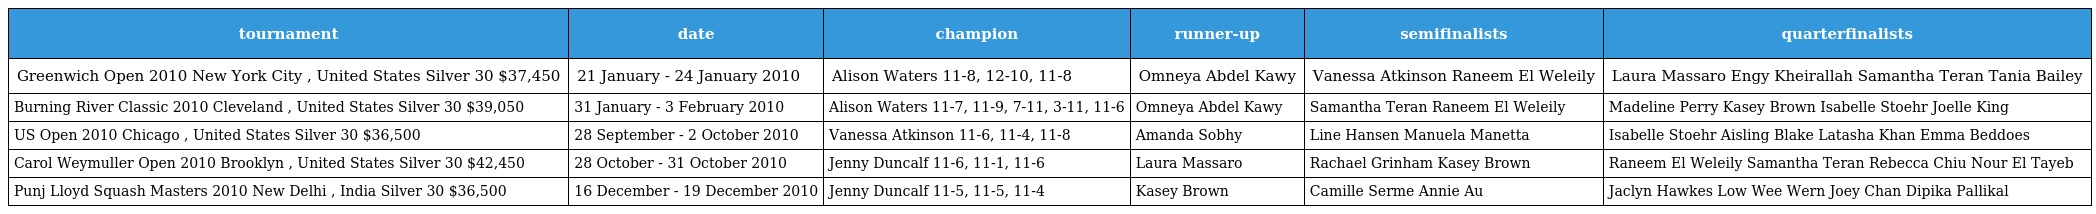
| tournament | date | champion | runner-up | semifinalists | quarterfinalists |
 | --- | --- | --- | --- | --- | --- |
 | Greenwich Open 2010 New York City , United States Silver 30 $37,450 | 21 January - 24 January 2010 | Alison Waters 11-8, 12-10, 11-8 | Omneya Abdel Kawy | Vanessa Atkinson Raneem El Weleily | Laura Massaro Engy Kheirallah Samantha Teran Tania Bailey |
 | Burning River Classic 2010 Cleveland , United States Silver 30 $39,050 | 31 January - 3 February 2010 | Alison Waters 11-7, 11-9, 7-11, 3-11, 11-6 | Omneya Abdel Kawy | Samantha Teran Raneem El Weleily | Madeline Perry Kasey Brown Isabelle Stoehr Joelle King |
 | US Open 2010 Chicago , United States Silver 30 $36,500 | 28 September - 2 October 2010 | Vanessa Atkinson 11-6, 11-4, 11-8 | Amanda Sobhy | Line Hansen Manuela Manetta | Isabelle Stoehr Aisling Blake Latasha Khan Emma Beddoes |
 | Carol Weymuller Open 2010 Brooklyn , United States Silver 30 $42,450 | 28 October - 31 October 2010 | Jenny Duncalf 11-6, 11-1, 11-6 | Laura Massaro | Rachael Grinham Kasey Brown | Raneem El Weleily Samantha Teran Rebecca Chiu Nour El Tayeb |
 | Punj Lloyd Squash Masters 2010 New Delhi , India Silver 30 $36,500 | 16 December - 19 December 2010 | Jenny Duncalf 11-5, 11-5, 11-4 | Kasey Brown | Camille Serme Annie Au | Jaclyn Hawkes Low Wee Wern Joey Chan Dipika Pallikal |